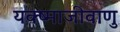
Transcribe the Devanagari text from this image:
यक्ष्माजीवाणु